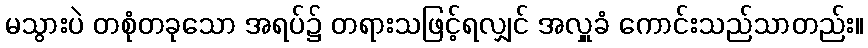
မသွားပဲ တစုံတခုသော အရပ်၌ တရားသဖြင့်ရလျှင် အလှူခံ ကောင်းသည်သာတည်း။